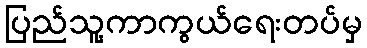
ပြည်သူ့ကာကွယ်ရေးတပ်မှ